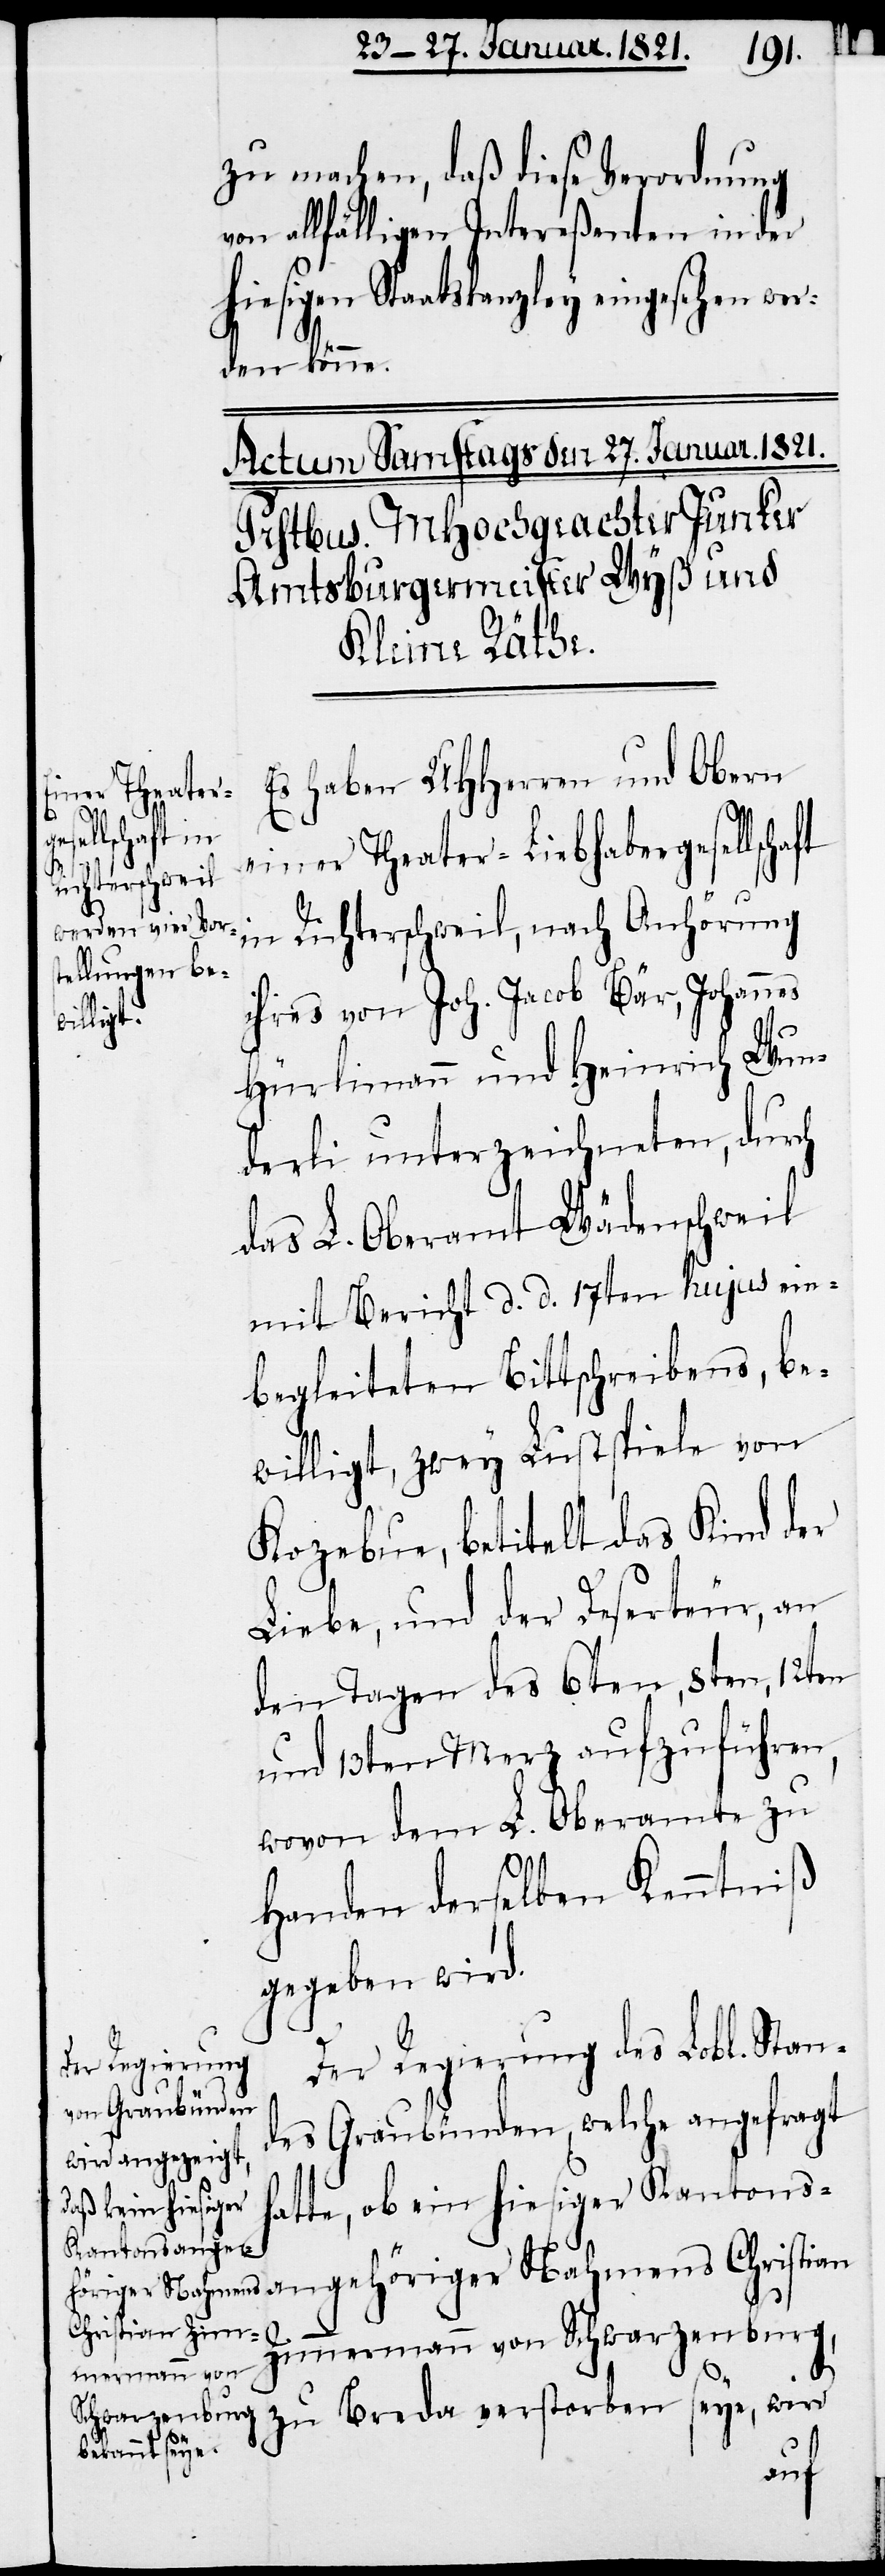
zu machen, daß diese Verordnung
von allfälligen Intereßenten in der
hiesigen Staatskanzley eingesehen wer¬
den könne.
Es haben UHHerren und Obern
angehöriger
einer Theater-Liebhabergesellscha¬
in Richterschweil, nach Anhörung
ihres von Joh. Jacob Bär, Johannes
Hürlimann und Heinrich Wun¬
derli unterzeichneten, durch
das L. Oberamt Wädenschweil
mit Bericht d. d. 17ten hujus ein¬
begleiteten Bittschreibens, be¬
willigt, zwey Lustspiele von
Kozebue, betitelt das Kind der
Liebe, und der Deserteur, an
den Tagen des 6ten, 8ten, 12ten
und 13ten Merz aufzuführen,
wovon dem L. Oberamte zu
Handen derselben Kenntniß
gegeben wird.
Der Regierung des Lobl. Stan¬
des Graubünden, welche angefragt
hatte, ob ein hiesiger Kantons¬
Christian Zim¬
mermann von Schwarzenburg,
ft
zu Breda verstorben seye, wird